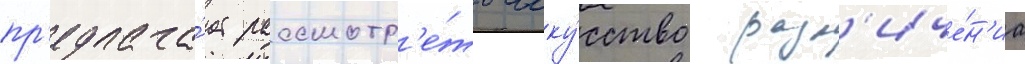
пр'едлага́ет рассмотр'е́ть иску́сство разл'иче́н'иа